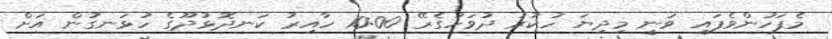
މެފަހުންވެފައި ވަނީ މިދިޔަ ހުކުރު ދުވަހުގެރޭ 10:00 ހާއިރު ކަނދޮޅުދޫގެ ހުޅަނގުން އަށް